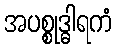
အပစ္စုဒ္ဓါရကံ